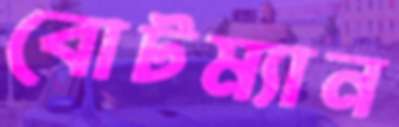
বোটম্যান